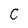
Character: C